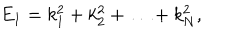
E _ { 1 } = k _ { 1 } ^ { 2 } + k _ { 2 } ^ { 2 } + \ldots + k _ { N } ^ { 2 } ,